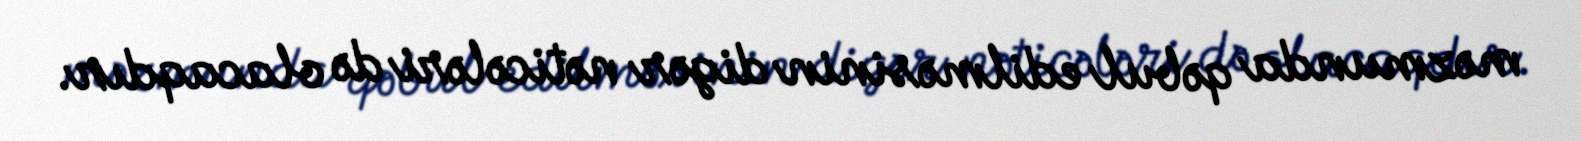
məzmunda qəbul edilməsinin digər nəticələri də olacaqdır.